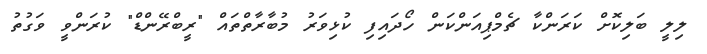
ލިލީ ބަލިކޮށް ކަރަންކާ ޗެމްޕިއަންކަން ހޯދައިފި ކުޅިވަރު މުބާރާތްތައް "ރީބްރޭންޑް" ކުރަންވީ ވަގުތު